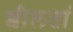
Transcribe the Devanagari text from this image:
शीलतां